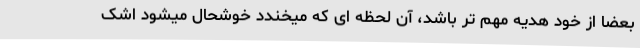
بعضا از خود هدیه مهم تر باشد، آن لحظه ای که میخندد خوشحال میشود اشک